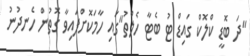
"ދަ ބޮޑީ ކްލޮކް ގައިޑް ޓު ބެޓާ ހެލްތު"ގައި ހާމަކޮށްފައިވާ ގޮތުން ހެނދުނު